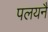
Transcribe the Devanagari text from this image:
पलयनै